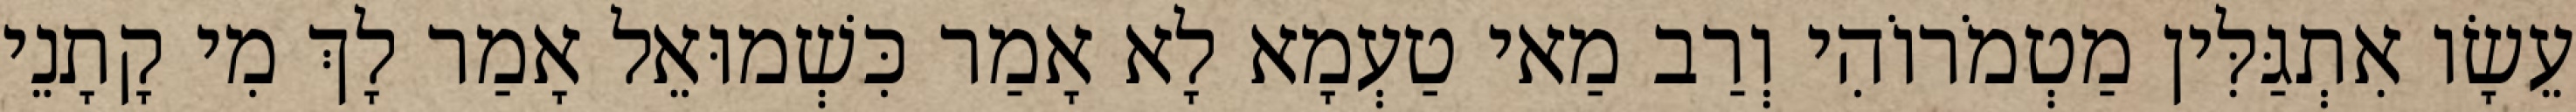
עֵשָׂו אִתְגַּלִּין מַטְמֹרוֹהִי וְרַב מַאי טַעְמָא לָא אָמַר כִּשְׁמוּאֵל אָמַר לָךְ מִי קָתָנֵי